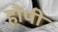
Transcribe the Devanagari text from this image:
हौपी